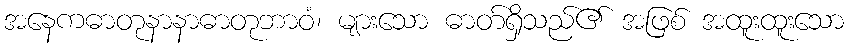
အနေကဓာတုနာနာဓာတုဘာဝံ၊ များသော ဓာတ်ရှိသည်၏ အဖြစ် အထူးထူးသော